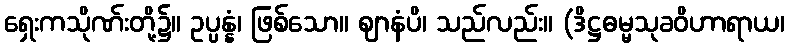
ရှေးကသိုဏ်းတို့၌။ ဥပ္ပန္နံ၊ ဖြစ်သော။ ဈာနံပိ၊ သည်လည်း။ (ဒိဋ္ဌဓမ္မသုခဝိဟာရာယ၊